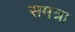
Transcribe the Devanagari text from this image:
समत्रा